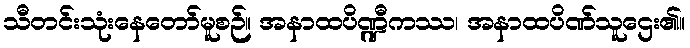
သီတင်းသုံးနေတော်မူစဉ်။ အနာထပိဏ္ဍီကဿ၊ အနာထပိဏ်သူဌေး၏။